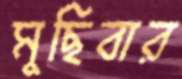
মুছিবার